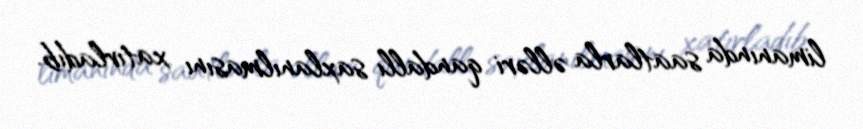
limanında saatlarla əlləri qandallı saxlanılmasını xatırladıb.